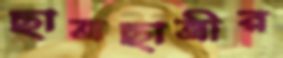
ছাত্রছাত্রীর